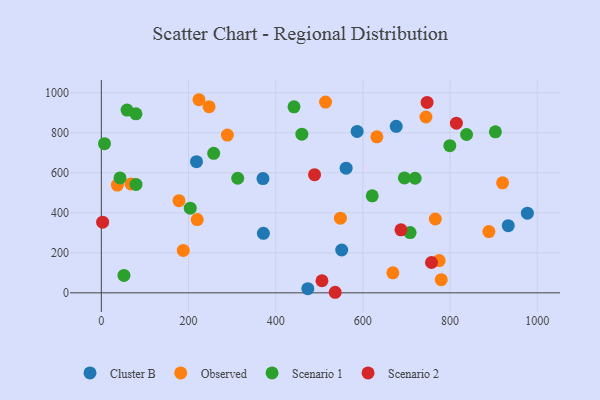
{"axis": {"x": "Study Hours", "y": "Sales"}, "legend": ["Cluster B", "Observed", "Scenario 1", "Scenario 2"], "data": [{"x": "586.9", "y": 806.4, "type": "Cluster B"}, {"x": "218.3", "y": 655.1, "type": "Cluster B"}, {"x": "370.8", "y": 571.0, "type": "Cluster B"}, {"x": "977.4", "y": 398.2, "type": "Cluster B"}, {"x": "933.5", "y": 335.4, "type": "Cluster B"}, {"x": "473.7", "y": 20.8, "type": "Cluster B"}, {"x": "371.8", "y": 297.3, "type": "Cluster B"}, {"x": "551.5", "y": 214.1, "type": "Cluster B"}, {"x": "676.5", "y": 831.7, "type": "Cluster B"}, {"x": "561.6", "y": 622.9, "type": "Cluster B"}, {"x": "289.2", "y": 788.2, "type": "Observed"}, {"x": "68.1", "y": 544.2, "type": "Observed"}, {"x": "178.2", "y": 460.4, "type": "Observed"}, {"x": "632.1", "y": 779.4, "type": "Observed"}, {"x": "548.5", "y": 372.9, "type": "Observed"}, {"x": "188.0", "y": 212.0, "type": "Observed"}, {"x": "744.7", "y": 878.6, "type": "Observed"}, {"x": "247.2", "y": 930.0, "type": "Observed"}, {"x": "220.0", "y": 366.1, "type": "Observed"}, {"x": "889.1", "y": 306.1, "type": "Observed"}, {"x": "779.8", "y": 66.0, "type": "Observed"}, {"x": "775.0", "y": 161.3, "type": "Observed"}, {"x": "36.8", "y": 538.2, "type": "Observed"}, {"x": "224.1", "y": 964.8, "type": "Observed"}, {"x": "766.2", "y": 369.0, "type": "Observed"}, {"x": "514.4", "y": 953.2, "type": "Observed"}, {"x": "668.8", "y": 99.8, "type": "Observed"}, {"x": "920.5", "y": 549.5, "type": "Observed"}, {"x": "719.9", "y": 572.4, "type": "Scenario 1"}, {"x": "312.9", "y": 572.4, "type": "Scenario 1"}, {"x": "204.0", "y": 422.8, "type": "Scenario 1"}, {"x": "904.0", "y": 804.6, "type": "Scenario 1"}, {"x": "799.5", "y": 735.3, "type": "Scenario 1"}, {"x": "79.6", "y": 541.7, "type": "Scenario 1"}, {"x": "7.3", "y": 745.1, "type": "Scenario 1"}, {"x": "42.9", "y": 574.2, "type": "Scenario 1"}, {"x": "79.4", "y": 894.2, "type": "Scenario 1"}, {"x": "621.5", "y": 484.6, "type": "Scenario 1"}, {"x": "837.9", "y": 791.0, "type": "Scenario 1"}, {"x": "51.9", "y": 86.9, "type": "Scenario 1"}, {"x": "442.0", "y": 929.4, "type": "Scenario 1"}, {"x": "708.3", "y": 301.3, "type": "Scenario 1"}, {"x": "695.3", "y": 573.9, "type": "Scenario 1"}, {"x": "257.8", "y": 696.8, "type": "Scenario 1"}, {"x": "59.0", "y": 913.0, "type": "Scenario 1"}, {"x": "460.1", "y": 792.8, "type": "Scenario 1"}, {"x": "489.2", "y": 590.2, "type": "Scenario 2"}, {"x": "536.5", "y": 2.8, "type": "Scenario 2"}, {"x": "747.3", "y": 951.2, "type": "Scenario 2"}, {"x": "687.4", "y": 314.7, "type": "Scenario 2"}, {"x": "814.6", "y": 847.4, "type": "Scenario 2"}, {"x": "3.0", "y": 353.2, "type": "Scenario 2"}, {"x": "506.2", "y": 60.4, "type": "Scenario 2"}, {"x": "757.4", "y": 151.6, "type": "Scenario 2"}]}